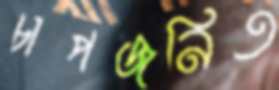
চাপজনিত